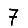
Digit: 7